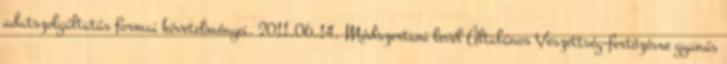
adatszolgáltatás formai követelményei. 2011.06.14. Módszertani levél Általános Veszettség-fertőzésre gyanús